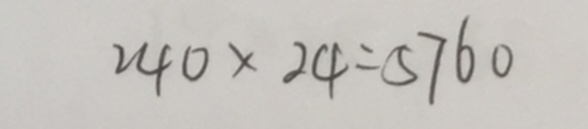
2 4 0 \times 2 4 = 5 7 6 0